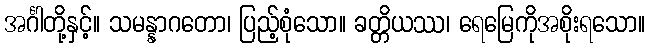
အင်္ဂါတို့နှင့်။ သမန္နာဂတော၊ ပြည့်စုံသော။ ခတ္တိယဿ၊ ရေမြေကိုအစိုးရသော။